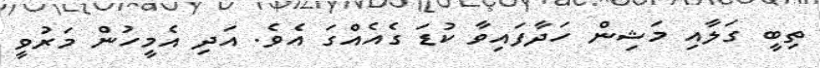
ތިބީ ގަލާއި މަޝިން ހަދާފައިވާ ކުޑަ ގެއެއްގަ އެވެ. އަދި އެމީހުން މަރުވީ